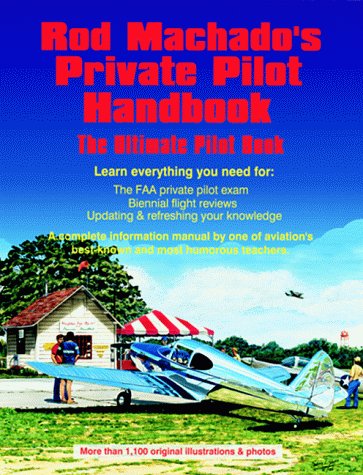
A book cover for Rod Machado's Private Pilot Handbook: The Ultimate Private Pilot Book; Rod Machado; Engineering & Transportation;